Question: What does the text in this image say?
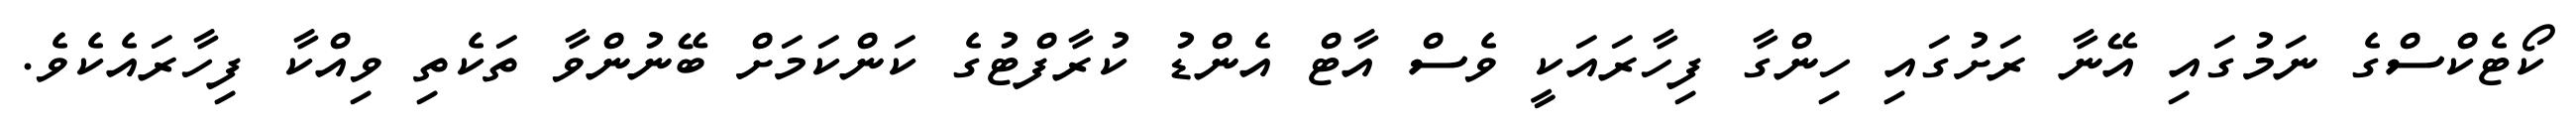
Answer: ކޯޓެކްސްގެ ނަމުގައި އޭނާ ރަށުގައި ހިންގާ ފިހާރައަކީ ވެސް އާޓް އެންޑު ކުރާފްޓުގެ ކަންކަމަށް ބޭނުންވާ ތަކެތި ވިއްކާ ފިހާރައެކެވެ.